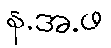
န.အ.ဖ